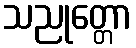
သညုတ္တော